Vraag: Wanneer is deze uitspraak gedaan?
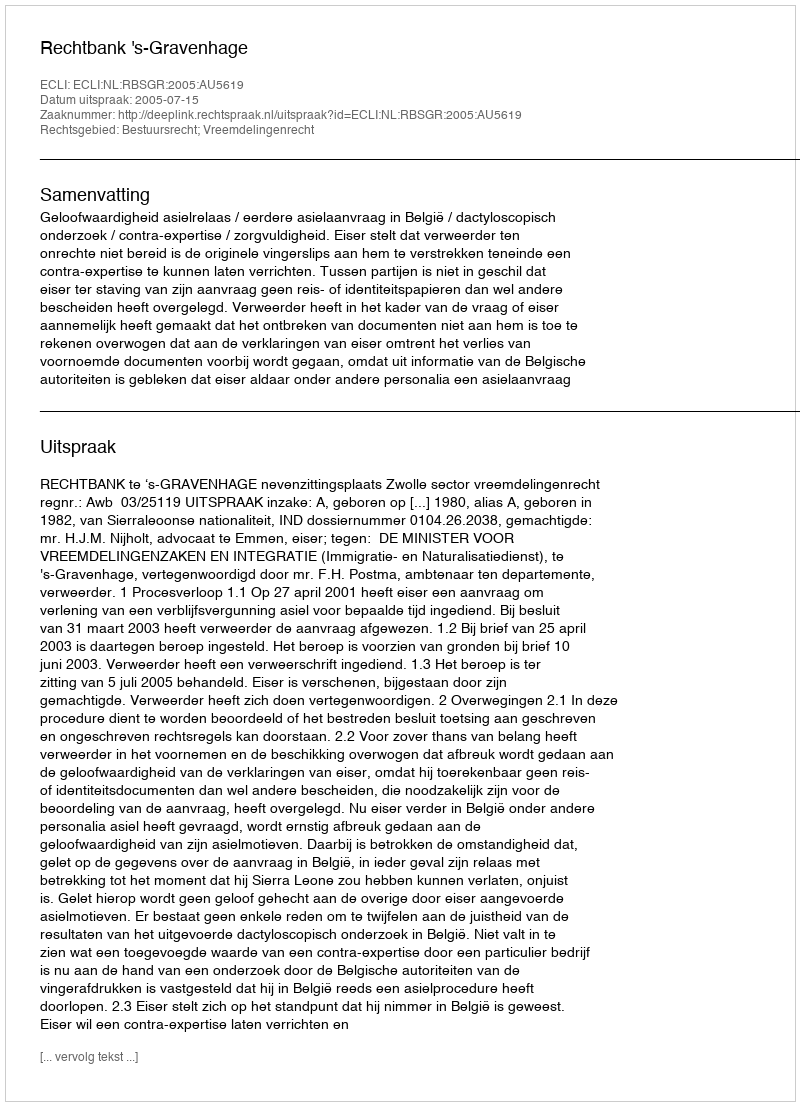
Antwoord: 2005-07-15